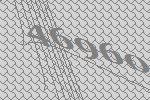
46960